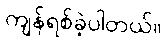
ကျန်ရစ်ခဲ့ပါတယ်။